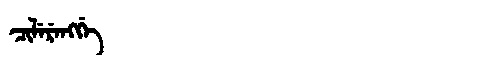
Manchu: ᠴᡳᠯᡝᡵᡝᠩᡤᡝ
Romanization: CILERENGGE